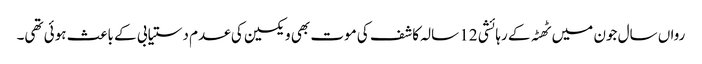
رواں سال جون میں ٹھٹہ کے رہائشی 12 سالہ کاشف کی موت بھی ویکسین کی عدم دستیابی کے باعث ہوئی تھی۔